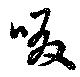
啜